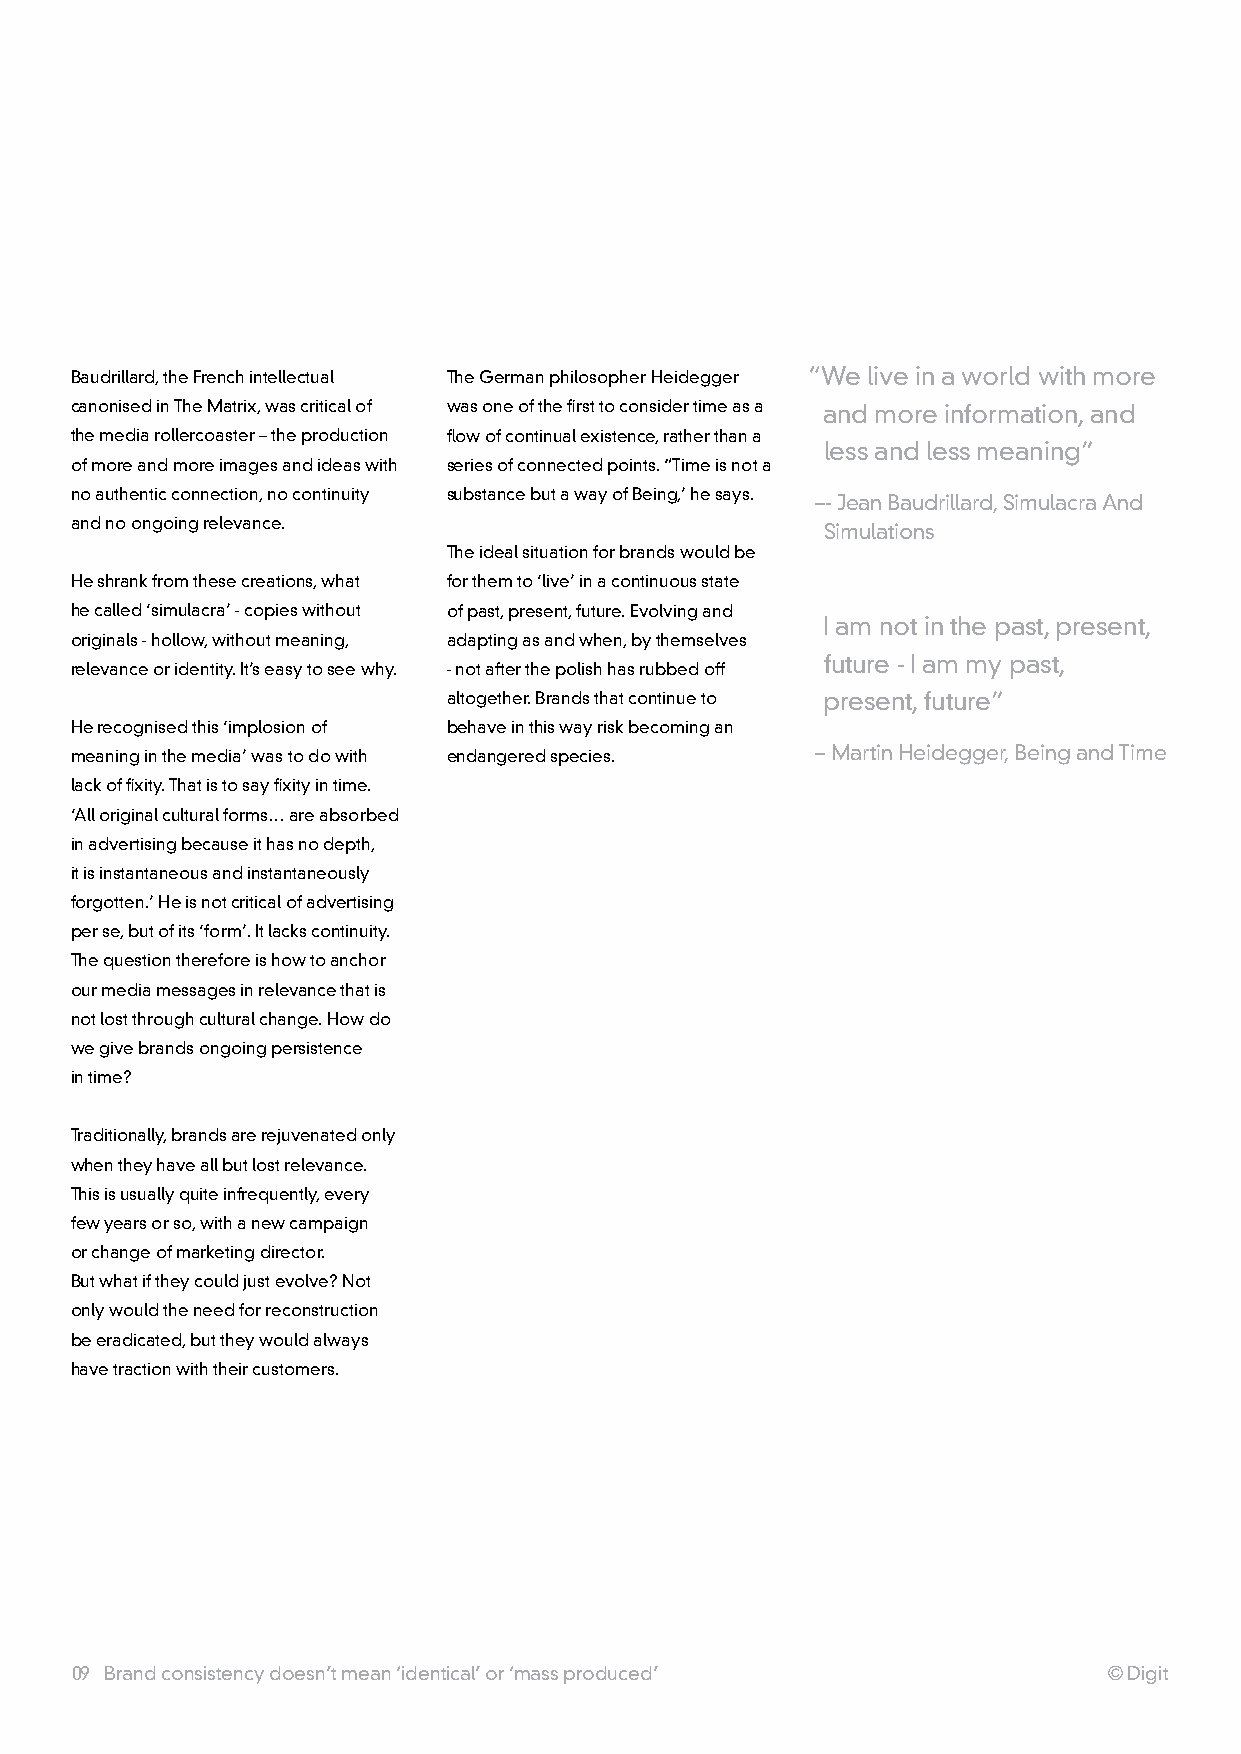
Baudrillard, the French intellectual The German philosopher heidegger “we live in a world with more
 canonised in The Matrix, was critical of was one of the first to consider time as a and more information, and
 the media rollercoaster – the production flow of continual existence, rather than a
 less and less meaning”
 of more and more images and ideas with series of connected points. “Time is not a
 no authentic connection, no continuity substance but a way of Being,’ he says.
 –- Jean Baudrillard, Simulacra and
 and no ongoing relevance.
 Simulations
 The ideal situation for brands would be
 he shrank from these creations, what for them to ‘live’ in a continuous state
 he called ‘simulacra’ - copies without of past, present, future. Evolving and
 I am not in the past, present,
 originals - hollow, without meaning, adapting as and when, by themselves
 future - I am my past,
 relevance or identity. It’s easy to see why. - not after the polish has rubbed off
 altogether. Brands that continue to present, future”
 he recognised this ‘implosion of behave in this way risk becoming an
 meaning in the media’ was to do with endangered species. – Martin heidegger, Being and Time
 lack of fixity. That is to say fixity in time.
 ‘all original cultural forms… are absorbed
 in advertising because it has no depth,
 it is instantaneous and instantaneously
 forgotten.’ he is not critical of advertising
 per se, but of its ‘form’. It lacks continuity.
 The question therefore is how to anchor
 our media messages in relevance that is
 not lost through cultural change. how do
 we give brands ongoing persistence
 in time?
 Traditionally, brands are rejuvenated only
 when they have all but lost relevance.
 This is usually quite infrequently, every
 few years or so, with a new campaign
 or change of marketing director.
 But what if they could just evolve? not
 only would the need for reconstruction
 be eradicated, but they would always
 have traction with their customers.
 09 Brand consistency doesn’t mean ‘identical’ or ‘mass produced’    © Digit